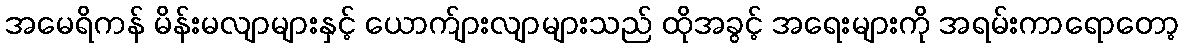
အမေရိကန် မိန်းမလျာများနှင့် ယောက်ျားလျာများသည် ထိုအခွင့် အရေးများကို အရမ်းကာရောတော့